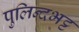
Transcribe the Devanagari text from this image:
पुलिन्दभट्ट